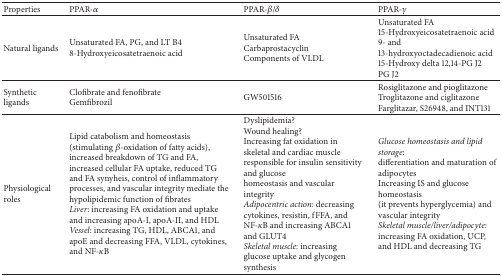
<table><thead><tr><td><b>Properties</b></td><td><b>PPAR-<i>α</i></b></td><td><b>PPAR-<i>β</i>/<i>δ</i></b></td><td><b>PPAR-<i>γ</i></b></td></tr></thead><tbody><tr><td>Natural ligands </td><td>Unsaturated FA, PG, and LT B48-Hydroxyeicosatetraenoic acid</td><td>Unsaturated FA Carbaprostacyclin Components of VLDL</td><td>Unsaturated FA 15-Hydroxyeicosatetraenoic acid9- and 13-hydroxyoctadecadienoic acid 15-Hydroxy delta 12,14-PG J2PG J2</td></tr><tr><td>Synthetic ligands </td><td>Clofibrate and fenofibrate Gemfibrozil </td><td>GW501516</td><td>Rosiglitazone and pioglitazoneTroglitazone and ciglitazone Farglitazar, S26948, and INT131</td></tr><tr><td>Physiological roles </td><td>Lipid catabolism and homeostasis (stimulating <i>β</i>-oxidation of fatty acids), increased breakdown of TG and FA, increased cellular FA uptake, reduced TG and FA synyheis, control of inflammatory processes, and vascular integrity mediate the hypolipidemic function of fibrates <i>Liver</i>: increasing FA oxidation and uptake and increasing apoA-I, apoA-II, and HDL<i>Vessel</i>: increasing TG, HDL, ABCA1, and apoE and decreasing FFA, VLDL, cytokines, and NF-<i>κ</i>B</td><td>Dyslipidemia?Wound healing?Increasing fat oxidation in skeletal and cardiac muscle responsible for insulin sensitivity and glucose homeostasis and vascular integrity<i>Adipocentric action</i>: decreasing cytokines, resistin, fFFA, and NF-<i>κ</i>B and increasing ABCA1 and GLUT4 <i>Skeletal muscle</i>: increasing glucose uptake and glycogen synthesis </td><td><i>Glucose homeostasis and lipid storage</i>: differentiation and maturation of adipocytes Increasing IS and glucose homeostasis (it prevents hyperglycemia) and vascular integrity<i>Skeletal muscle/liver/adipocyte</i>: increasing FA oxidation, UCP, and HDL and decreasing TG </td></tr></tbody></table>